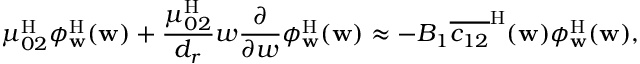
\mu _ { 0 2 } ^ { \mathrm { H } } \phi _ { \mathbf { w } } ^ { \mathrm { H } } ( \mathbf { w } ) + \frac { \mu _ { 0 2 } ^ { \mathrm { H } } } { { d _ { r } } } w \frac { \partial } { \partial w } \phi _ { \mathbf { w } } ^ { \mathrm { H } } ( \mathbf { w } ) \approx - B _ { 1 } \overline { { c _ { 1 2 } } } ^ { \mathrm { H } } ( \mathbf { w } ) \phi _ { \mathbf { w } } ^ { \mathrm { H } } ( \mathbf { w } ) ,